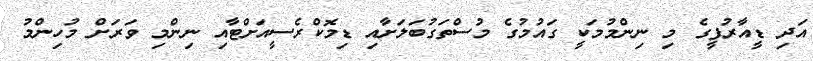
އަދި ޑީއާރުޕީގެ މި ނިންމުމަކީ ގައުމުގެ މުސްތަގުބަލަށާއި ޑިމޮކްރެސީއަށްޓާއި ނިންމި ވަރަށް މުހިންމު